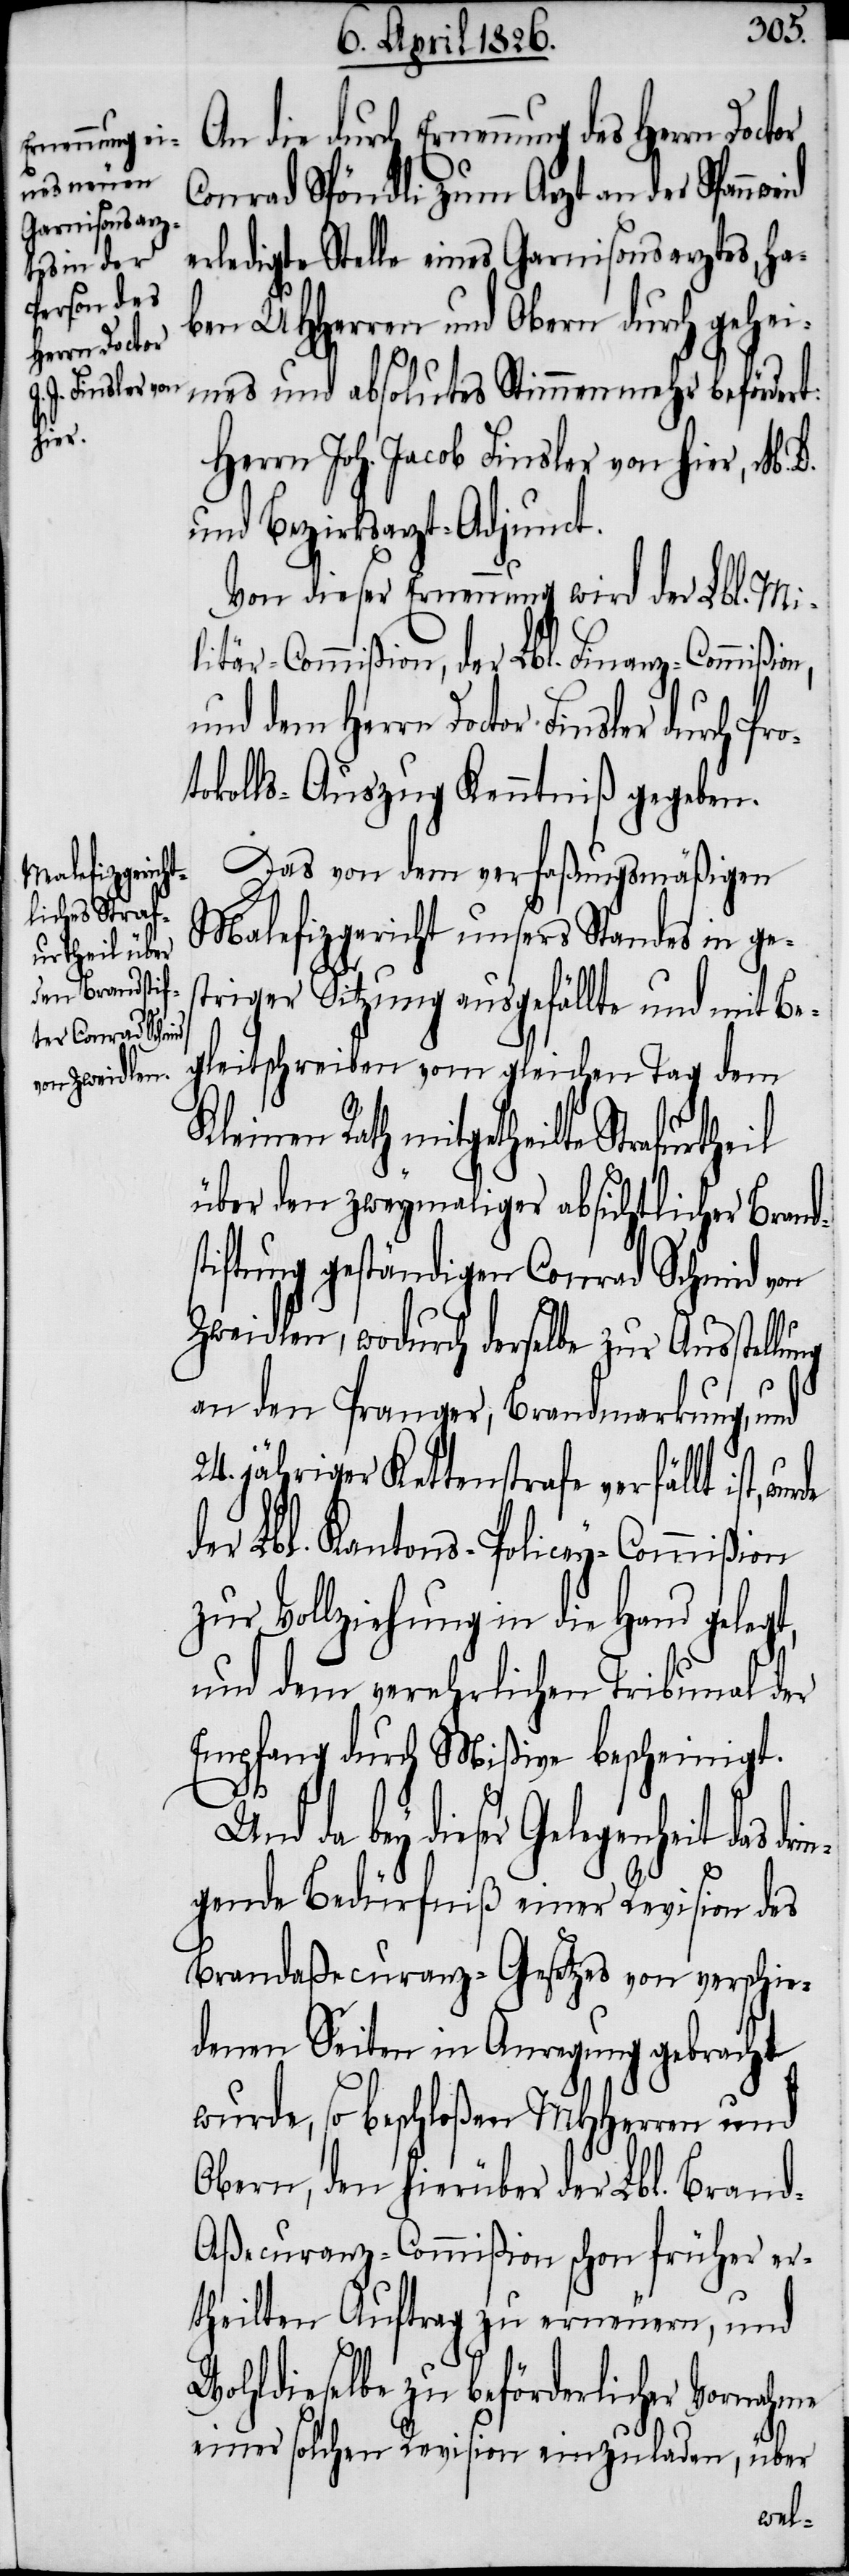
Herrn Doctor

Conrad Spöndli zum Arzt an der Spann¬
erledigte Stelle eines Garnisonsarztes, ha¬
ben UHHerren und Obern durch gehe¬
imes und absolutes Stimmenmehr befördert:
Herrn Joh. Jacob Finsler von hier, M. D.
und Bezirksarzt-Adjunct.
Von dieser Ernennung wird der Lbl. Mi¬
litär-Commißion, der Lbl. Finanz-Commißio¬
und dem Herrn Doctor Finsler durch Pr¬
otokolls-Auszug Kenntniß gegeben.
Das von dem verfaßungsmäßigen
Malefizgericht unsers Standes in ges¬
triger Sitzung ausgefällte und mit Be¬
gleitschreiben vom gleichen Tag dem
Kleinen Rath mitgetheilte Strafurthe¬
über den zweymaliger absichtlicher Brand¬
stiftung geständigen Conrad Schmid von
Zweidlen, wodurch derselbe zur Ausstell¬
an den Pranger, Brandmarkung, und
24. jähriger Kettenstrafe verfällt ist,
der Lbl. Kantons-Policey-Commißion
zur Vollziehung in die Hand gelegt,
und dem verehrlichen Tribunal der
Empfang durch Mißive bescheinigt.
me
Gelegenheit das drin¬
gende Bedürfniß einer Revision des
Brandaßecuranz-Gesetzes von verschie¬
denen Seiten in Anregung gebracht
wurde, so beschloßen MHHerren und
Obern, den hierüber der Lbl Bran¬
d-Aßecuranz-Commißion schon früher er¬
theilten Auftrag zu erneuern, und
Wohldieselbe zu beförderlicher Vornah¬
einer solchen Revision einzuladen, über
weid